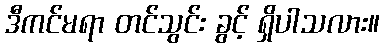
ဒီကင်မရာ တင်သွင်း ခွင့် ရှိပါသလား။